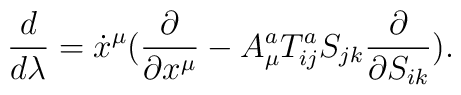
\frac{d}{d\lambda} =\dot{x}^\mu ( \frac{\partial}{\partial x^\mu} -A^a_\mu T^a_{ij} S_{jk} \frac{\partial}{\partial S_{ik}} ).